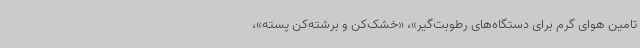
تامین هوای گرم برای دستگاه‌های رطوبت‌گیر»، «خشک‌کن و برشته‌کن پسته»،